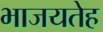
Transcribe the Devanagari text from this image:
भाजयतेह